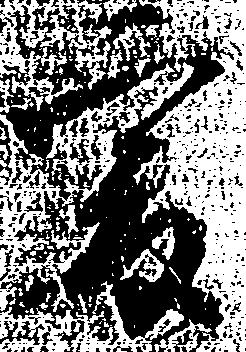
爰